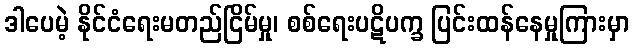
ဒါပေမဲ့ နိုင်ငံရေးမတည်ငြိမ်မှု၊ စစ်ရေးပဋိပက္ခ ပြင်းထန်နေမှုကြားမှာ